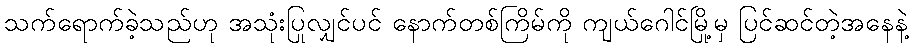
သက်ရောက်ခဲ့သည်ဟု အသုံးပြုလျှင်ပင် နောက်တစ်ကြိမ်ကို ကျယ်ဂေါင်မြို့မှ ပြင်ဆင်တဲ့အနေနဲ့